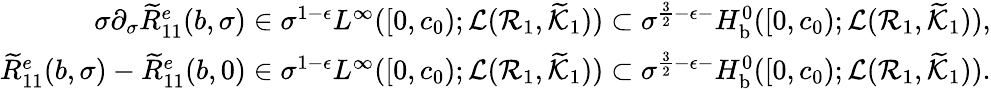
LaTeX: \begin{array}{r}{\sigma\partial_{\sigma}\widetilde{R}_{11}^{e}(b,\sigma)\in\sigma^{1-\epsilon}L^{\infty}([0,c_{0});\mathcal{L}(\mathcal{R}_{1},\widetilde{\mathcal{K}}_{1}))\subset\sigma^{\frac 32-\epsilon-}H_{\mathrm{b}}^{0}([0,c_{0});\mathcal{L}(\mathcal{R}_{1},\widetilde{\mathcal{K}}_{1})),}\\ {\widetilde{R}_{11}^{e}(b,\sigma)-\widetilde{R}_{11}^{e}(b,0)\in\sigma^{1-\epsilon}L^{\infty}([0,c_{0});\mathcal{L}(\mathcal{R}_{1},\widetilde{\mathcal{K}}_{1}))\subset\sigma^{\frac 32-\epsilon-}H_{\mathrm{b}}^{0}([0,c_{0});\mathcal{L}(\mathcal{R}_{1},\widetilde{\mathcal{K}}_{1})).}\end{array}